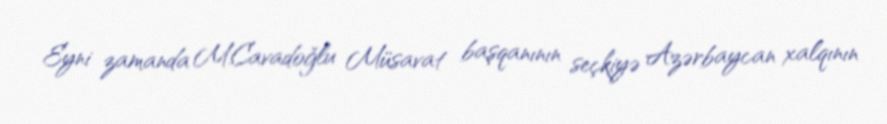
Eyni zamanda M.Cavadoğlu Müsavat başqanının seçkiyə Azərbaycan xalqının